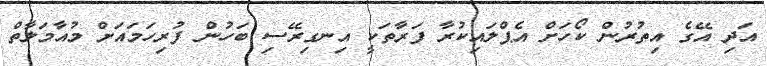
އަދި އޭގެ އިތުރުން ކޯހަށް އެޕްލައިކުރާ ފަރާތަކީ އިނގިރޭސި ބަހުން ފުރިހަމައަށް މުއާމަލާތް